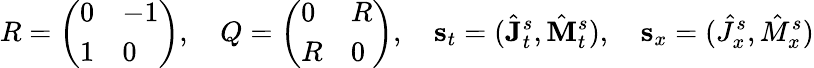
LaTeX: R=\left(\begin{array}{ll}{0}&{-1}\\ {1}&{0}\end{array}\right),\quad Q=\left(\begin{array}{ll}{0}&{R}\\ {R}&{0}\end{array}\right),\quad\mathbf{s}_{t}=(\hat{\mathbf{J}}_{t}^{s},\hat{\mathbf{M}}_{t}^{s}),\quad\mathbf{s}_{x}=(\hat{J}_{x}^{s},\hat{M}_{x}^{s})